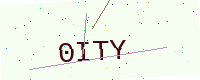
Text: 0ITY